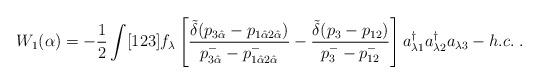
LaTeX: \begin{align*}W_1(\alpha)= -\frac{1}{2} \int [123] f_\lambda\left[\frac{\tilde{\delta}(p_{3 \hat \alpha}-p_{1 \hat \alpha 2 \hat \alpha})}{p^-_{3 \hat \alpha}- p^-_{1 \hat \alpha 2 \hat \alpha}}- \frac{\tilde{\delta}(p_3-p_{12})}{p^-_3-p^-_{12}} \right]a^\dagger_{\lambda 1} a^\dagger_{\lambda 2} a_{\lambda 3} - h.c. \; .\end{align*}